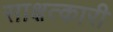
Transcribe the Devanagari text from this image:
साक्षत्कारी